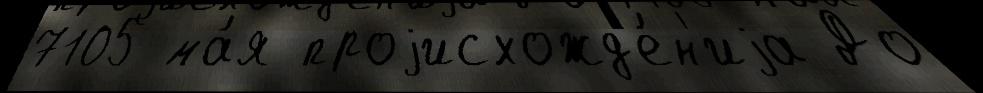
7105 ма́я проjисхожд'е́н'иjа До